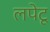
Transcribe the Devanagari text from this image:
लपेटू